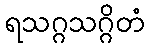
ရသဂ္ဂသဂ္ဂိတံ